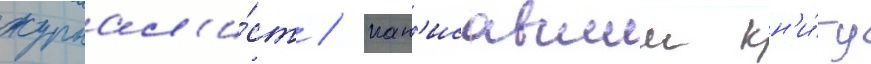
журнал'и́ст / нап'исавшии кн'и́гу